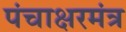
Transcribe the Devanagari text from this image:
पंचाक्षरमंत्र